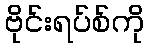
ဗိုင်းရပ်စ်ကို